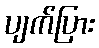
ပျက်ပြား